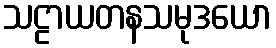
သဠာယတနသမုဒယော